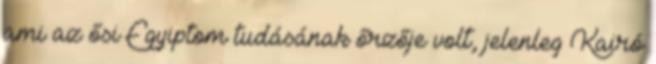
ami az ősi Egyiptom tudásának őrzője volt, jelenleg Kairó